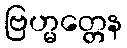
ဗြဟ္မတ္တေန